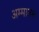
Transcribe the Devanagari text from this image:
अम्मानम